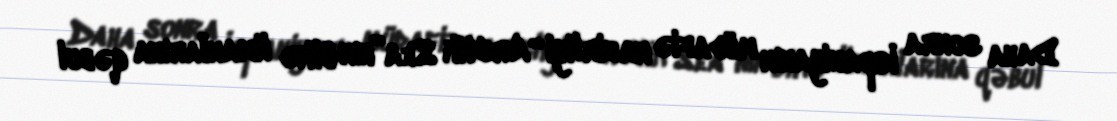
Daha sonra İspaniyanın müdafiə nazirliyi “Arctik Sea”nın ölkə limanlarına qəbul